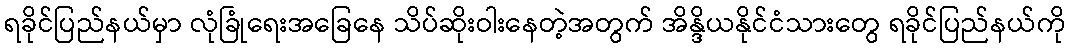
ရခိုင်ပြည်နယ်မှာ လုံခြုံရေးအခြေနေ သိပ်ဆိုးဝါးနေတဲ့အတွက် အိန္ဒိယနိုင်ငံသားတွေ ရခိုင်ပြည်နယ်ကို